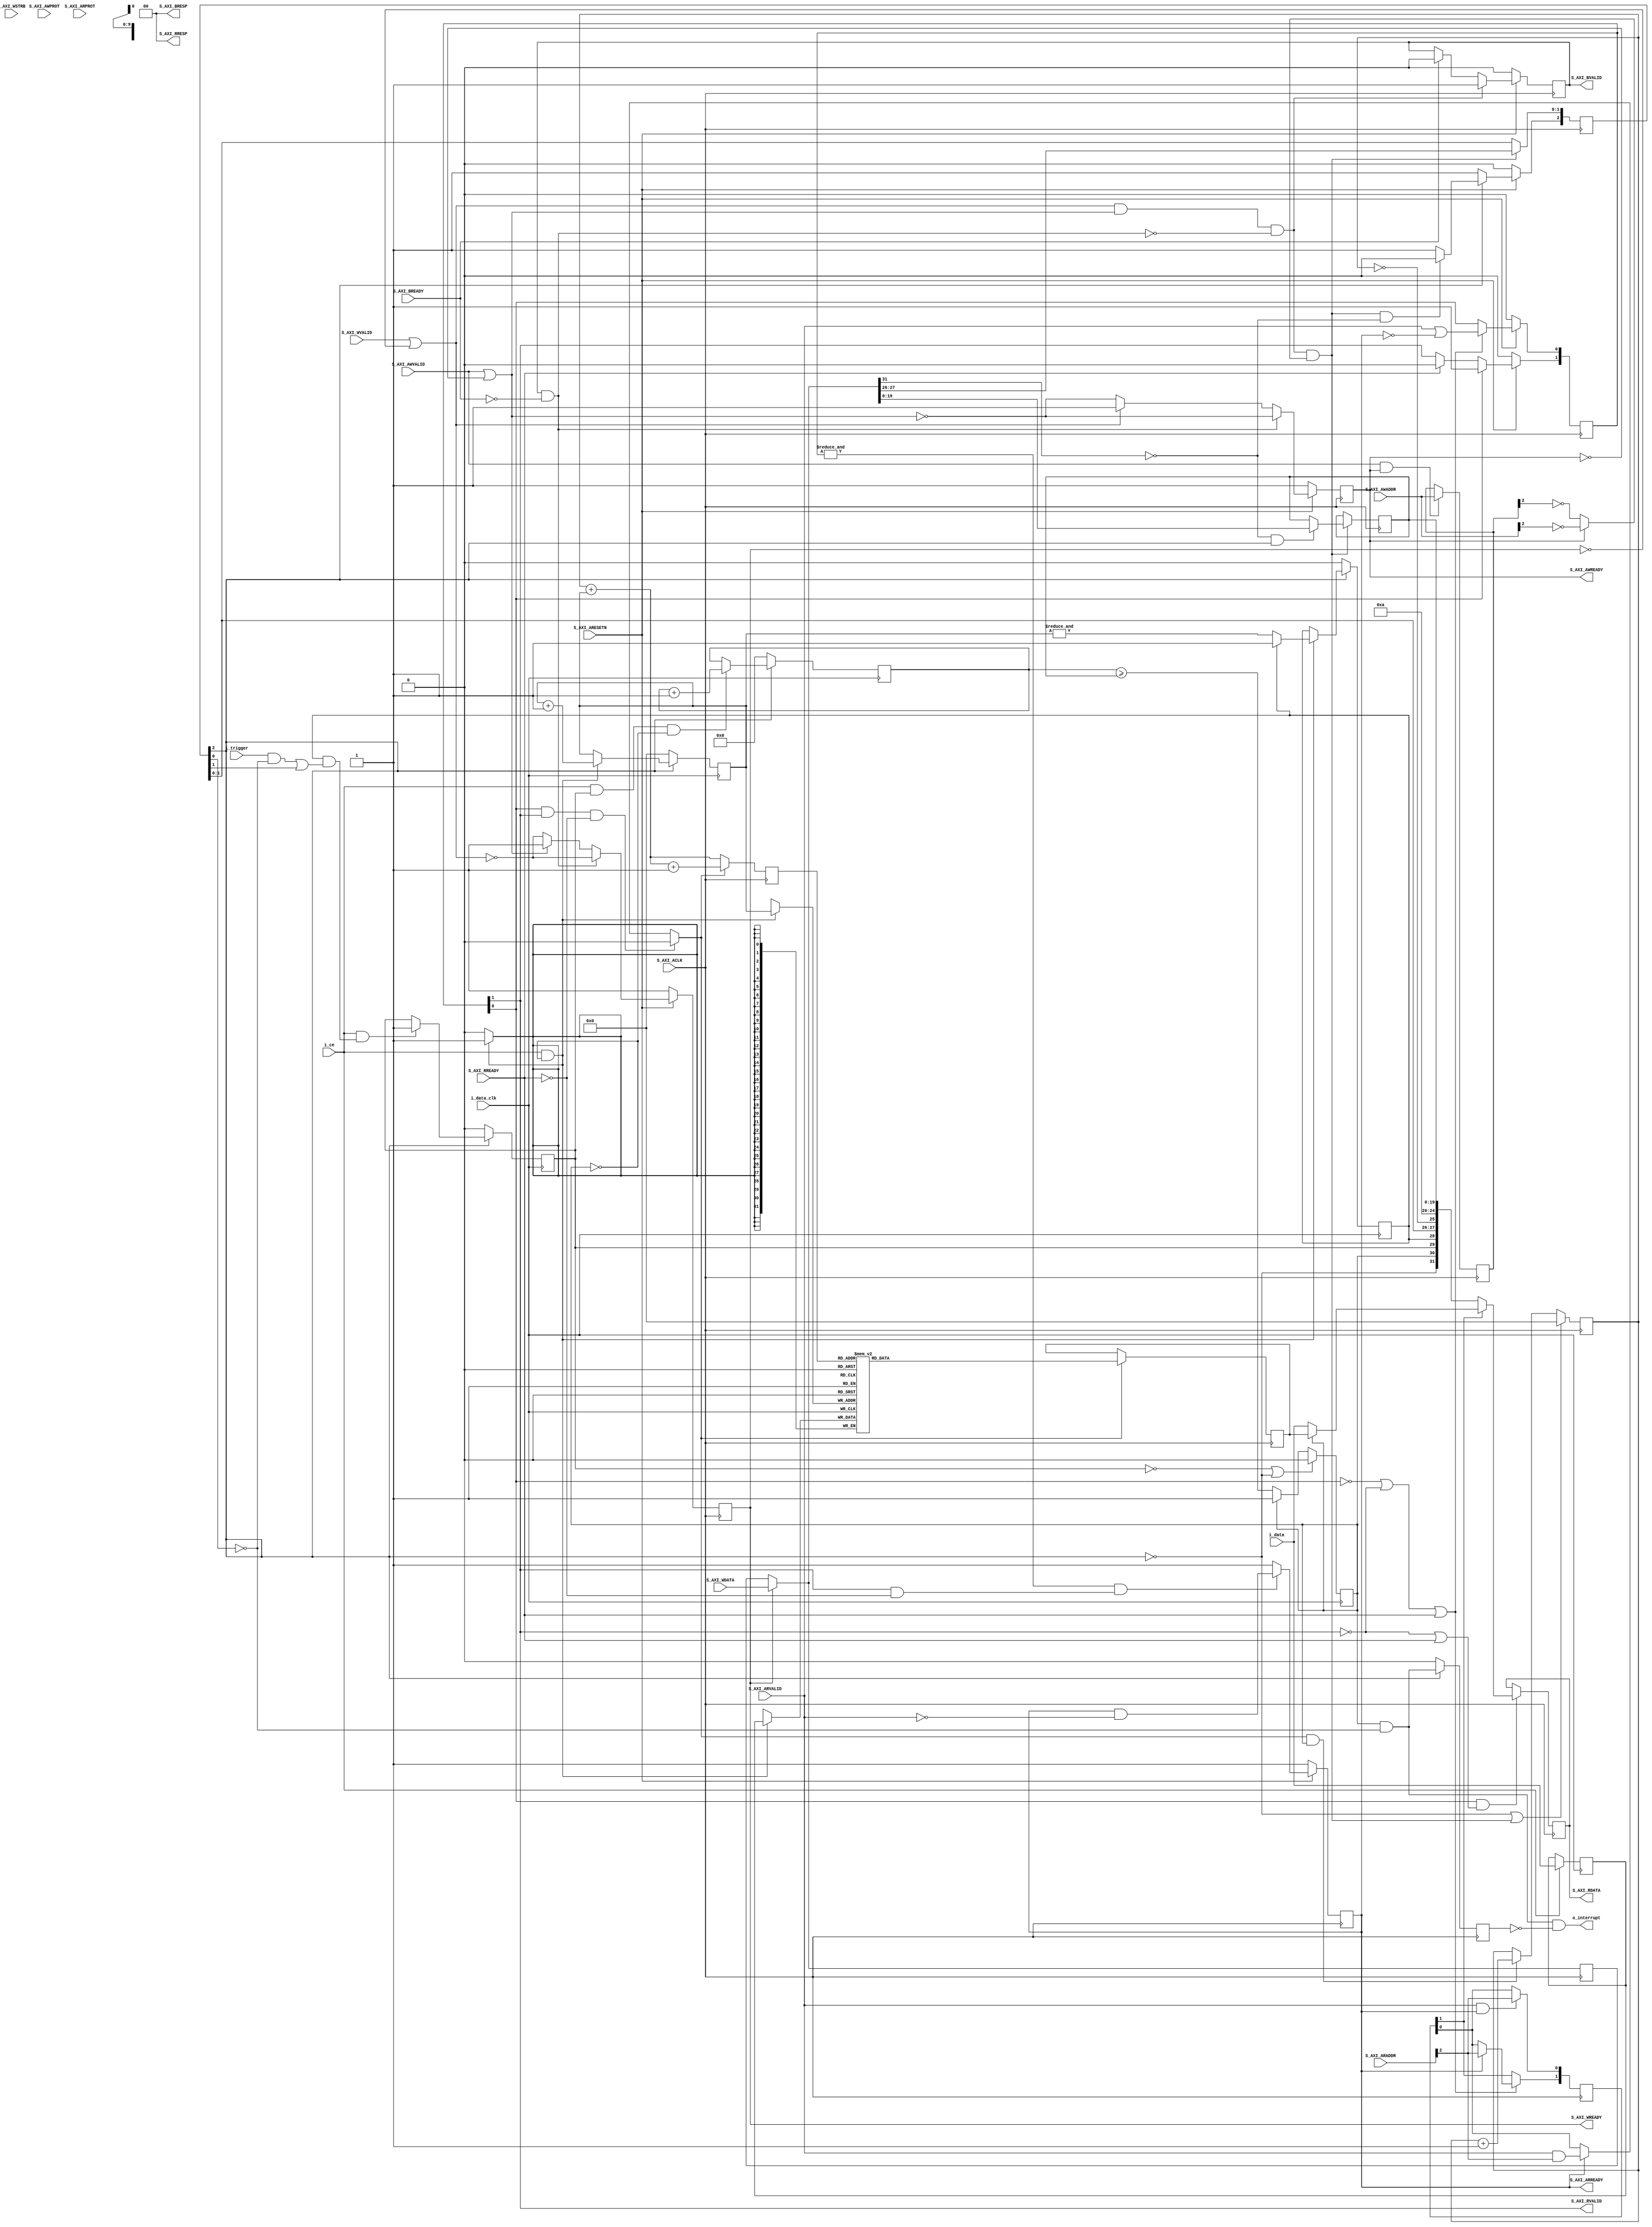
module axilscope #(   
   	   	// {{{   
   	   	parameter [4:0]   	LGMEM = 5  'd10,   
   	   	parameter   	SYNCHRONOUS=1,   
   	   	parameter   	HOLDOFFBITS = 20,   
   	   	parameter [(HOLDOFFBITS-1):0]   	DEFAULT_HOLDOFF   
   	   	   	   	   	   	= ((1<<(LGMEM-1))-4),   
   	   	localparam   	BUSW = 32,   
   	   	//   
   	   	// Width of S_AXI data bus   
   	   	localparam integer C_S_AXI_DATA_WIDTH   	= 32,   
   	   	// Width of S_AXI address bus   
   	   	parameter integer C_S_AXI_ADDR_WIDTH   	= 3,   
   	   	localparam   	ADDR_LSBS = $clog2(C_S_AXI_DATA_WIDTH)-3   
   	   	// }}}   
   	) (   
   	   	// {{{   
   	   	input wire   	i_data_clk, // The data clock, can be set to ACLK   
   	   	input wire   	i_ce,   	// =   '1  ' when recordable data is present   
   	   	input wire   	i_trigger,// =   '1  ' when interesting event hapns   
   	   	input wire   	[31:0]   	i_data,   
   	   	output   	wire   	o_interrupt,   	// =  '1  ' when scope has stopped   
   	   	//   
   	   	// Global Clock Signal   
   	   	input wire  S_AXI_ACLK,   
   	   	// Global Reset Signal. This Signal is Active LOW   
   	   	input wire  S_AXI_ARESETN,   
   	   	// Write address (issued by master, acceped by Slave)   
   	   	input wire [C_S_AXI_ADDR_WIDTH-1 : 0] S_AXI_AWADDR,   
   	   	// Write channel Protection type. This signal indicates the   
       	   	// privilege and security level of the transaction, and whether   
       	   	// the transaction is a data access or an instruction access.   
   	   	input wire [2 : 0] S_AXI_AWPROT,   
   	   	// Write address valid. This signal indicates that the master   
       	   	// signaling valid write address and control information.   
   	   	input wire  S_AXI_AWVALID,   
   	   	// Write address ready. This signal indicates that the slave   
       	   	// is ready to accept an address and associated control signals.   
   	   	output wire  S_AXI_AWREADY,   
   	   	// Write data (issued by master, acceped by Slave)    
   	   	input wire [C_S_AXI_DATA_WIDTH-1 : 0] S_AXI_WDATA,   
   	   	// Write strobes. This signal indicates which byte lanes hold   
       	   	// valid data. There is one write strobe bit for each eight   
       	   	// bits of the write data bus.       
   	   	input wire [(C_S_AXI_DATA_WIDTH/8)-1 : 0] S_AXI_WSTRB,   
   	   	// Write valid. This signal indicates that valid write   
       	   	// data and strobes are available.   
   	   	input wire  S_AXI_WVALID,   
   	   	// Write ready. This signal indicates that the slave   
       	   	// can accept the write data.   
   	   	output wire  S_AXI_WREADY,   
   	   	// Write response. This signal indicates the status   
       	   	// of the write transaction.   
   	   	output wire [1 : 0] S_AXI_BRESP,   
   	   	// Write response valid. This signal indicates that the channel   
       	   	// is signaling a valid write response.   
   	   	output wire  S_AXI_BVALID,   
   	   	// Response ready. This signal indicates that the master   
       	   	// can accept a write response.   
   	   	input wire  S_AXI_BREADY,   
   	   	// Read address (issued by master, acceped by Slave)   
   	   	input wire [C_S_AXI_ADDR_WIDTH-1 : 0] S_AXI_ARADDR,   
   	   	// Protection type. This signal indicates the privilege   
       	   	// and security level of the transaction, and whether the   
       	   	// transaction is a data access or an instruction access.   
   	   	input wire [2 : 0] S_AXI_ARPROT,   
   	   	// Read address valid. This signal indicates that the channel   
       	   	// is signaling valid read address and control information.   
   	   	input wire  S_AXI_ARVALID,   
   	   	// Read address ready. This signal indicates that the slave is   
       	   	// ready to accept an address and associated control signals.   
   	   	output wire  S_AXI_ARREADY,   
   	   	// Read data (issued by slave)   
   	   	output wire [C_S_AXI_DATA_WIDTH-1 : 0] S_AXI_RDATA,   
   	   	// Read response. This signal indicates the status of the   
       	   	// read transfer.   
   	   	output wire [1 : 0] S_AXI_RRESP,   
   	   	// Read valid. This signal indicates that the channel is   
       	   	// signaling the required read data.   
   	   	output wire  S_AXI_RVALID,   
   	   	// Read ready. This signal indicates that the master can   
       	   	// accept the read data and response information.   
   	   	input wire  S_AXI_RREADY   
   	   	// }}}   
   	);   
   
   	// Signal declarations   
   	// {{{   
   	// AXI4LITE signals   
   	reg [C_S_AXI_ADDR_WIDTH-1 : 0]    	axi_awaddr;   
   	reg   	   	   	    	axi_awready;   
   	reg   	   	   	   	axi_wready;   
   	reg [C_S_AXI_DATA_WIDTH-1:0]   	axi_wdata;   
   	// reg   	   	[1 : 0]    	axi_bresp;   
   	reg    	   	   	   	axi_bvalid;   
   	// reg [C_S_AXI_ADDR_WIDTH-1 : 0]    	axi_araddr;   
   	reg    	   	   	    	axi_arready;   
   	// reg   	   	 [1 : 0]    	axi_rresp;   
   
   	// Pseudo bus signals   
   	wire   	   	   	bus_clock;   
   	reg   	   	   	read_from_data;   
   	wire   	   	   	write_stb;   
   	wire   	   	   	write_to_control;   
   	reg   	[1:0]   	read_address;   
   	// reg   	   	   	read_address;   
   	wire   	[31:0]   	   	i_bus_data;   
   	reg   	[31:0]   	   	o_bus_data;   
   
   	//   
   	reg   	[(LGMEM-1):0]   	raddr, waddr;   
   	reg   	[(BUSW-1):0]   	mem[0:((1<<LGMEM)-1)];   
   
   	wire   	   	   	bw_reset_request, bw_manual_trigger,   
   	   	   	   	bw_disable_trigger, bw_reset_complete;   
   	reg   	[2:0]   	   	br_config;   
   	reg [(HOLDOFFBITS-1):0]   	br_holdoff;   
   	wire   	   	   	dw_reset, dw_manual_trigger, dw_disable_trigger;   
   	reg   	   	   	dr_triggered, dr_primed;   
   	wire   	   	   	dw_trigger;   
   	reg   	   	   	dr_stopped;   
   
   	(* ASYNC_REG=    "TRUE    " *) reg   	[(HOLDOFFBITS-1):0]   	counter;   
   
   	localparam   	STOPDELAY = 1;   	// Calibrated value--don  't change this   
   	wire   	[(BUSW-1):0]   	wr_piped_data;   
   	wire   	   	   	bw_stopped, bw_triggered, bw_primed;   
   	reg   	[(LGMEM-1):0]   	this_addr;   
   	reg   	[31:0]   	   	nxt_mem;   
   	wire   	[19:0]   	   	full_holdoff;   
   	wire   	[4:0]   	   	bw_lgmem;   
   	reg   	   	   	br_level_interrupt;   
`ifdef   	FORMAL   
   	(* gclk *) reg   	gbl_clk;   
   	reg   	f_past_valid_bus, f_past_valid_gbl, f_past_valid_data;   
`endif   	// FORMAL   
   	wire   	   	i_reset;   
   	reg   	   	valid_write_data, valid_write_address,   
   	   	   	write_response_stall;   
   	reg   	[1:0]   	rvalid;   
   	// }}}   
   
   	////////////////////////////////////////////////////////////////////////   
   	//   
   	// Decode and handle the bus signaling in a (somewhat) portable manner   
   	// {{{   
   	////////////////////////////////////////////////////////////////////////   
   	//   
   	//   
   	//   
   	assign   	i_reset = !S_AXI_ARESETN;   
   
   	always @(*)   
   	begin   
   	   	valid_write_address = (S_AXI_AWVALID || !S_AXI_AWREADY);   
   	   	valid_write_data    = (S_AXI_WVALID  || !S_AXI_WREADY);   
   	   	write_response_stall= (S_AXI_BVALID  && !S_AXI_BREADY);   
   	end   
   
   	initial   	axi_awready = 1  'b1;   
   	always @(posedge S_AXI_ACLK)   
   	if (!S_AXI_ARESETN)   
   	   	axi_awready <= 1  'b1;   
   	else if (write_response_stall)   
   	   	axi_awready <= !valid_write_address;   
   	else if (valid_write_data)   
   	   	axi_awready <= 1  'b1;   
   	else   
   	   	axi_awready <= !valid_write_address;   
   
   	initial   	axi_wready = 1  'b1;   
   	always @(posedge S_AXI_ACLK)   
   	if (!S_AXI_ARESETN)   
   	   	axi_wready <= 1  'b1;   
   	else if (write_response_stall)   
   	   	axi_wready <= !valid_write_data;   
   	else if (valid_write_address)   
   	   	axi_wready <= 1  'b1;   
   	else   
   	   	axi_wready <= !valid_write_data;   
   
   	always @(posedge S_AXI_ACLK)   
   	if (S_AXI_WREADY)   
   	   	axi_wdata <= S_AXI_WDATA;   
   
   	assign   	S_AXI_AWREADY = axi_awready;   
   	assign   	S_AXI_WREADY  = axi_wready;   
   
   	always @(posedge S_AXI_ACLK)   
   	if ((S_AXI_AWVALID)&&(S_AXI_AWREADY))   
   	   	axi_awaddr <= S_AXI_AWADDR;   
   
   	initial   	axi_bvalid = 0;   
   	always @(posedge S_AXI_ACLK)   
   	if (i_reset)   
   	   	axi_bvalid <= 0;   
   	else if (write_stb)   
   	   	axi_bvalid <= 1  'b1;   
   	else if (S_AXI_BREADY)   
   	   	axi_bvalid <= 1  'b0;   
   
   	assign   	S_AXI_BRESP = 2  'b00;   	// An   'OKAY  ' response   
   	assign   	S_AXI_BVALID= axi_bvalid;   
   
   	assign   	write_stb = valid_write_data && valid_write_address   
   	   	   	   	&& !write_response_stall;   
   
   	initial   	axi_arready = 1  'b1;   
   	always @(posedge S_AXI_ACLK)   
   	if (i_reset)   
   	   	axi_arready <= 1  'b1;   
   	else if ((&rvalid) && (S_AXI_RVALID && !S_AXI_RREADY))   
   	   	axi_arready <= axi_arready && !S_AXI_ARVALID;   
   	else   
   	   	axi_arready <= 1  'b1;   
   
   	// always @(posedge S_AXI_ACLK)   
   	// if (axi_arready && S_AXI_ARVALID)   
   	//   	axi_araddr <= S_AXI_ARADDR;   
   
   	assign   	S_AXI_ARREADY = axi_arready;   
   
   	initial   	rvalid = 2  'b00;   
   	always @(posedge S_AXI_ACLK)   
   	if (i_reset)   
   	   	rvalid <= 2  'b00;   
   	else begin   
   	   	if (!rvalid[0] || !rvalid[1] || S_AXI_RREADY)   
   	   	   	rvalid[0] <= S_AXI_ARVALID || !axi_arready;   
   
   	   	if (rvalid[0])   
   	   	   	rvalid[1] <= 1  'b1;   
   	   	else if (S_AXI_RREADY)   
   	   	   	rvalid[1] <= 1  'b0;   
   	end   
   
   	assign   	S_AXI_RVALID = rvalid[1];   
   	assign   	S_AXI_RRESP  = 2  'b00;   
   
   
   	///////////////////////////////////////////////////   
   	//   
   	// Final simplification of the AXI code   
   	//   
   	///////////////////////////////////////////////////   
   	//   
   	// Now that we  've provided all of the bus signaling   
   	// above, can we make any sense of it?   
   	//   
   	// The following wires are here to provide some   
   	// simplification of the complex bus protocol.  In   
   	// particular, are we reading or writing during this   
   	// clock?  The two *should* be mutually exclusive   
   	// (i.e., you *shouldn  't* be able to both read and   
   	// write on the same clock) ... but Xilinx  's default   
   	// implementation does nothing to ensure that this   
   	// would be the case.   
   	//   
   	// From here on down, Gisselquist Technology, LLC,   
   	// claims a copyright on the code.   
   	//   
   	assign   	bus_clock = S_AXI_ACLK;   
   
   	assign   	write_to_control = (write_stb)   
   	   	   	&&(axi_awready ? !S_AXI_AWADDR[ADDR_LSBS]   
   	   	   	   	   	: !axi_awaddr[ADDR_LSBS]);   
   
   	always @(posedge bus_clock)   
   	begin   
   	   	if (S_AXI_ARVALID && S_AXI_ARREADY)   
   	   	   	read_address[0] <= S_AXI_ARADDR[ADDR_LSBS];   
   	   	if (!rvalid[0] || !rvalid[1] || S_AXI_RREADY)   
   	   	begin   
   	   	   	if (S_AXI_ARREADY)   
   	   	   	   	read_address[1] <= S_AXI_ARADDR[ADDR_LSBS];   
   	   	   	else   
   	   	   	   	read_address[1] <= read_address[0];   
   	   	end   
   	end   
   
   	always @(*)   
   	begin   
   	   	if (S_AXI_ARREADY)   
   	   	   	read_from_data = S_AXI_ARVALID   
   	   	   	   	   	   	&& S_AXI_ARADDR[ADDR_LSBS];   
   	   	else   
   	   	   	read_from_data = read_address[0];   
   
   	   	if (rvalid[0] && rvalid[1] && !S_AXI_RREADY)   
   	   	   	read_from_data = 0;   
   	end   
   
   	assign   	i_bus_data = (S_AXI_WREADY ? S_AXI_WDATA : axi_wdata);   
   
   	// }}}   
   	////////////////////////////////////////////////////////////////////////   
   	//   
   	// Our status/config register   
   	// {{{   
   	////////////////////////////////////////////////////////////////////////   
   	//   
   	// Now that we  've finished reading/writing from the   
   	// bus, ... or at least acknowledging reads and   
   	// writes from and to the bus--even if they haven  't   
   	// happened yet, now we implement our actual scope.   
   	// This includes implementing the actual reads/writes   
   	// from/to the bus.   
   	//   
   	// From here on down, is the heart of the scope itself.   
   	//   
   	initial   	br_config = 3  'b0;   
   	initial   	br_holdoff = DEFAULT_HOLDOFF;   
   	always @(posedge bus_clock)   
   	begin   
   	   	if (write_to_control)   
   	   	begin   
   	   	   	br_config[1:0] <= {   
   	   	   	   	i_bus_data[27],   
   	   	   	   	i_bus_data[26] };   
   	   	   	if (!i_bus_data[31] && br_config[2])   
   	   	   	   	br_holdoff <= i_bus_data[(HOLDOFFBITS-1):0];   
   	   	end   
   
   	   	//   
   	   	// Reset logic   
   	   	if (bw_reset_complete)   
   	   	   	// Clear the reset request, regardless of the write   
   	   	   	br_config[2] <= 1  'b1;   
   	   	else if (!br_config[2])   
   	   	   	// Reset request is already pending--don  't change it   
   	   	   	br_config[2] <= 1  'b0;   
   	   	else if (write_to_control && !i_bus_data[31])   
   	   	   	// Initiate a new reset request   
   	   	   	//   Note that we won  't initiate a new reset request   
   	   	   	//   while one is already pending.  Once the pending   
   	   	   	//   one completes we  'll be in the reset state anyway   
   	   	   	br_config[2] <= 1  'b0;   
   
   	   	if (i_reset)   
   	   	   	br_config[2] <= 1  'b0;   
   	end   
   	assign   	bw_reset_request   = (!br_config[2]);   
   	assign   	bw_manual_trigger  = (br_config[1]);   
   	assign   	bw_disable_trigger = (br_config[0]);   
   
   	generate   
   	if (SYNCHRONOUS > 0)   
   	begin : GEN_SYNCHRONOUS   
   	   	assign   	dw_reset = bw_reset_request;   
   	   	assign   	dw_manual_trigger = bw_manual_trigger;   
   	   	assign   	dw_disable_trigger = bw_disable_trigger;   
   	   	assign   	bw_reset_complete = bw_reset_request;   
   	end else begin : GEN_ASYNC   
   	   	reg   	   	r_reset_complete;   
   	   	(* ASYNC_REG =     "TRUE    " *) reg   	[2:0]   	q_iflags, r_iflags;   
   
   	   	// Resets are synchronous to the bus clock, not the data clock   
   	   	// so do a clock transfer here   
   	   	initial   	{ q_iflags, r_iflags } = 6  'h0;   
   	   	initial   	r_reset_complete = 1  'b0;   
   	   	always @(posedge i_data_clk or posedge i_reset)   
   	   	if (i_reset)   
   	   	begin   
   	   	   	{ q_iflags, r_iflags } <= 6  'h0;   
   	   	   	r_reset_complete <= 1  'b0;   
   	   	end else begin   
   	   	   	q_iflags <= { bw_reset_request, bw_manual_trigger, bw_disable_trigger };   
   	   	   	r_iflags <= q_iflags;   
   	   	   	r_reset_complete <= (dw_reset);   
   	   	end   
   
   	   	assign   	dw_reset = r_iflags[2];   
   	   	assign   	dw_manual_trigger = r_iflags[1];   
   	   	assign   	dw_disable_trigger = r_iflags[0];   
   
   	   	(* ASYNC_REG =     "TRUE    " *) reg   	q_reset_complete,   
   	   	   	   	   	   	qq_reset_complete;   
   	   	// Pass an acknowledgement back from the data clock to the bus   
   	   	// clock that the reset has been accomplished   
   	   	initial   	q_reset_complete = 1  'b0;   
   	   	initial   	qq_reset_complete = 1  'b0;   
   	   	always @(posedge bus_clock or posedge i_reset)   
   	   	if (i_reset)   
   	   	begin   
   	   	   	q_reset_complete  <= 1  'b0;   
   	   	   	qq_reset_complete <= 1  'b0;   
   	   	end else begin   
   	   	   	q_reset_complete  <= r_reset_complete;   
   	   	   	qq_reset_complete <= q_reset_complete;   
   	   	end   
   
   	   	assign bw_reset_complete = qq_reset_complete;   
   
`ifdef   	FORMAL   
   	   	always @(posedge gbl_clk)   
   	   	if (f_past_valid_data)   
   	   	begin   
   	   	   	if ($rose(r_reset_complete))   
   	   	   	   	assert(bw_reset_request);   
   	   	end   
   
   	   	always @(*)   
   	   	case({ bw_reset_request, q_iflags[2], dw_reset, q_reset_complete, qq_reset_complete })   
   	   	5  'h00: begin end   
   	   	5  'h10: begin end   
   	   	5  'h18: begin end   
   	   	5  'h1c: begin end   
   	   	5  'h1e: begin end   
   	   	5  'h1f: begin end   
   	   	5  'h0f: begin end   
   	   	5  'h07: begin end   
   	   	5  'h03: begin end   
   	   	5  'h01: begin end   
   	   	default: assert(0);   
   	   	endcase   
`endif   
   	end endgenerate   
   	// }}}   
   	////////////////////////////////////////////////////////////////////////   
   	//   
   	// Set up the trigger   
   	// {{{   
   	////////////////////////////////////////////////////////////////////////   
   	//   
   	//   
   
   	// dw_trigger -- trigger wire, defined on the data clock   
   	// {{{   
   	// Write with the i_clk, or input clock.  All outputs read with the   
   	// bus clock, or bus_clock  as we  've called it here.   
   	assign   	dw_trigger = (dr_primed)&&(   
   	   	   	   	((i_trigger)&&(!dw_disable_trigger))   
   	   	   	   	||(dw_manual_trigger));   
   	// }}}   
   
   	// dr_triggered   
   	// {{{   
   	initial   	dr_triggered = 1  'b0;   
   	always @(posedge i_data_clk)   
   	if (dw_reset)   
   	   	dr_triggered <= 1  'b0;   
   	else if ((i_ce)&&(dw_trigger))   
   	   	dr_triggered <= 1  'b1;   
   	// }}}   
   
   	//   
   	// Determine when memory is full and capture is complete   
   	//   
   	// Writes take place on the data clock   
   
   	// counter   
   	// {{{   
   	// The counter is unsigned   
   	initial   	counter = 0;   
   	always @(posedge i_data_clk)   
   	if (dw_reset)   
   	   	counter <= 0;   
   	else if ((i_ce)&&(dr_triggered)&&(!dr_stopped))   
   	   	counter <= counter + 1  'b1;   
`ifdef   	FORMAL   
   	always @(*)   
   	if (!dw_reset && !bw_reset_request)   
   	   	assert(counter <= br_holdoff+1  'b1);   
   	always @(posedge i_data_clk)   
   	   	assume(!(&br_holdoff));   
   	always @(posedge i_data_clk)   
   	if (!dr_triggered)   
   	   	assert(counter == 0);   
`endif   
   	// }}}   
   
   	// dr_stopped   
   	// {{{   
   	initial   	dr_stopped = 1  'b0;   
   	always @(posedge i_data_clk)   
   	if ((!dr_triggered)||(dw_reset))   
   	   	dr_stopped <= 1  'b0;   
   	else if (!dr_stopped)   
   	begin   
   	   	if (HOLDOFFBITS > 1) // if (i_ce)   
   	   	   	dr_stopped <= (counter >= br_holdoff);   
   	   	else if (HOLDOFFBITS <= 1)   
   	   	   	dr_stopped <= ((i_ce)&&(dw_trigger));   
   	end   
   	// }}}   
   
   	// }}}   
   	////////////////////////////////////////////////////////////////////////   
   	//   
   	// Write to memory   
   	// {{{   
   	////////////////////////////////////////////////////////////////////////   
   	//   
   	//   
   
   
   	//   
   	//   	Actually do our writes to memory.  Record, via   'primed  ' when   
   	//   	the memory is full.   
   	//   
   	//   	The   'waddr  ' address that we are using really crosses two clock   
   	//   	domains.  While writing and changing, it  's in the data clock   
   	//   	domain.  Once stopped, it becomes part of the bus clock domain.   
   	//   	The clock transfer on the stopped line handles the clock   
   	//   	transfer for these signals.   
   	//   
   
   	// waddr, dr_primed   
   	// {{{   
   	initial   	waddr = {(LGMEM){1  'b0}};   
   	initial   	dr_primed = 1  'b0;   
   	always @(posedge i_data_clk)   
   	if (dw_reset) // For simulation purposes, supply a valid value   
   	begin   
   	   	waddr <= 0; // upon reset.   
   	   	dr_primed <= 1  'b0;   
   	end else if (i_ce && !dr_stopped)   
   	begin   
   	   	// mem[waddr] <= i_data;   
   	   	waddr <= waddr + {{(LGMEM-1){1  'b0}},1  'b1};   
   	   	if (!dr_primed)   
   	   	   	dr_primed <= (&waddr);   
   	end   
   	// }}}   
   
   	// wr_piped_data -- delay data to match the trigger   
   	// {{{   
   	// Delay the incoming data so that we can get our trigger   
   	// logic to line up with the data.  The goal is to have a   
   	// hold off of zero place the trigger in the last memory   
   	// address.   
   	generate   
   	if (STOPDELAY == 0)   
   	begin : NO_STOPDLY   
   	   	// No delay ... just assign the wires to our input lines   
   	   	assign   	wr_piped_data = i_data;   
   	end else if (STOPDELAY == 1)   
   	begin : GEN_ONE_STOPDLY   
   	   	//   
   	   	// Delay by one means just register this once   
   	   	reg   	[(BUSW-1):0]   	data_pipe;   
   	   	always @(posedge i_data_clk)   
   	   	if (i_ce)   
   	   	   	data_pipe <= i_data;   
   
   	   	assign   	wr_piped_data = data_pipe;   
   	end else begin : GEN_STOPDELAY   
   	   	// Arbitrary delay ... use a longer pipe   
   	   	reg   	[(STOPDELAY*BUSW-1):0]   	data_pipe;   
   
   	   	always @(posedge i_data_clk)   
   	   	if (i_ce)   
   	   	   	data_pipe <= { data_pipe[((STOPDELAY-1)*BUSW-1):0], i_data };   
   	   	assign   	wr_piped_data = { data_pipe[(STOPDELAY*BUSW-1):((STOPDELAY-1)*BUSW)] };   
   	end endgenerate   
   	// }}}   
   
   	// mem[] <= wr_piped_data   
   	// {{{   
   	always @(posedge i_data_clk)   
   	if ((i_ce)&&(!dr_stopped))   
   	   	mem[waddr] <= wr_piped_data;   
   	// }}}   
   	// }}}   
   	////////////////////////////////////////////////////////////////////////   
   	//   
   	// Move the status signals back to the bus clock   
   	// {{{   
   	////////////////////////////////////////////////////////////////////////   
   	//   
   	generate if (SYNCHRONOUS > 0)   
   	begin : SYNCHRONOUS_RETURN   
   	   	assign   	bw_stopped   = dr_stopped;   
   	   	assign   	bw_triggered = dr_triggered;   
   	   	assign   	bw_primed    = dr_primed;   
   	end else begin : ASYNC_STATUS   
   	   	// {{{   
   	   	// These aren  't a problem, since none of these are strobe   
   	   	// signals.  They goes from low to high, and then stays high   
   	   	// for many clocks.  Swapping is thus easy--two flip flops to   
   	   	// protect against meta-stability and we  're done.   
   	   	//   
   	   	(* ASYNC_REG =     "TRUE    " *) reg   	[2:0]   	q_oflags;   
   	   	reg   	[2:0]   	r_oflags;   
   	   	initial   	q_oflags = 3  'h0;   
   	   	initial   	r_oflags = 3  'h0;   
   	   	always @(posedge bus_clock)   
   	   	if (bw_reset_request)   
   	   	begin   
   	   	   	q_oflags <= 3  'h0;   
   	   	   	r_oflags <= 3  'h0;   
   	   	end else begin   
   	   	   	q_oflags <= { dr_stopped, dr_triggered, dr_primed };   
   	   	   	r_oflags <= q_oflags;   
   	   	end   
   
   	   	assign   	bw_stopped   = r_oflags[2];   
   	   	assign   	bw_triggered = r_oflags[1];   
   	   	assign   	bw_primed    = r_oflags[0];   
   	   	// }}}   
`ifdef   	FORMAL   
   	   	always @(*)   
   	   	if (!bw_reset_request)   
   	   	begin   
   	   	   	if (bw_primed)   
   	   	   	   	assert(q_oflags[0] && dr_primed);   
   	   	   	else if (q_oflags[0])   
   	   	   	   	assert(dr_primed);   
   
   	   	   	if (bw_triggered)   
   	   	   	   	assert(q_oflags[1] && dr_triggered);   
   	   	   	else if (q_oflags[1])   
   	   	   	   	assert(dr_triggered);   
   
   	   	   	if (bw_stopped)   
   	   	   	   	assert(q_oflags[2] && dr_stopped);   
   	   	   	else if (q_oflags[2])   
   	   	   	   	assert(dr_stopped);   
   	   	end   
   	   	   
`endif   
   	end endgenerate   
   	// }}}   
   	////////////////////////////////////////////////////////////////////////   
   	//   
   	// Read from the memory, using the bus clock.  Otherwise respond to bus   
   	// {{{   
   	////////////////////////////////////////////////////////////////////////   
   	//   
   	//   
   
   	// Reads use the bus clock   
   	initial   	raddr = 0;   
   	always @(posedge bus_clock)   
   	begin   
   	   	if ((bw_reset_request)||(write_to_control))   
   	   	   	raddr <= 0;   
   	   	else if ((read_from_data)&&(bw_stopped))   
   	   	   	raddr <= raddr + 1  'b1; // Data read, when stopped   
   	end   
   
   	always @(posedge bus_clock)   
   	if (read_from_data)   
   	   	this_addr <= raddr + waddr + 1  'b1;   
   	else   
   	   	this_addr <= raddr + waddr;   
   
   	always @(posedge bus_clock)   
   	if (read_from_data)   
   	   	nxt_mem <= mem[this_addr];   
   
   	// holdoff sub-register   
   	// {{{   
   	assign full_holdoff[(HOLDOFFBITS-1):0] = br_holdoff;   
   	generate if (HOLDOFFBITS < 20)   
   	begin : GEN_FULL_HOLDOFF   
   	   	assign full_holdoff[19:(HOLDOFFBITS)] = 0;   
   	end endgenerate   
   	// }}}   
   
   	assign   	   	bw_lgmem = LGMEM;   
   
   	// Bus read   
   	// {{{   
   	always @(posedge bus_clock)   
   	if (rvalid[0] && (!S_AXI_RVALID || S_AXI_RREADY))   
   	begin   
   	   	if (!read_address[1]) // Control register read   
   	   	   	o_bus_data <= { bw_reset_request,   
   	   	   	   	   	bw_stopped,   
   	   	   	   	   	bw_triggered,   
   	   	   	   	   	bw_primed,   
   	   	   	   	   	bw_manual_trigger,   
   	   	   	   	   	bw_disable_trigger,   
   	   	   	   	   	(raddr == {(LGMEM){1  'b0}}),   
   	   	   	   	   	bw_lgmem,   
   	   	   	   	   	full_holdoff  };   
   	   	else if (!bw_stopped) // read, prior to stopping   
   	   	   	//   
   	   	   	// *WARNING*: THIS READ IS NOT PROTECTED FROM   
   	   	   	// ASYNCHRONOUS COHERENCE ISSUES!   
   	   	   	//   
   	   	   	o_bus_data <= i_data;   
   	   	else // if (i_wb_addr) // Read from FIFO memory   
   	   	   	o_bus_data <= nxt_mem; // mem[raddr+waddr];   
   	end   
   	// }}}   
   
   	assign   	S_AXI_RDATA = o_bus_data;   
   	// }}}   
   	////////////////////////////////////////////////////////////////////////   
   	//   
   	// Interrupt generation   
   	// {{{   
   	////////////////////////////////////////////////////////////////////////   
   	//   
   	//   
   	initial   	br_level_interrupt = 1  'b0;   
   	always @(posedge bus_clock)   
   	if ((bw_reset_complete)||(bw_reset_request))   
   	   	br_level_interrupt<= 1  'b0;   
   	else   
   	   	br_level_interrupt<= (bw_stopped)&&(!bw_disable_trigger);   
   
   	assign   	o_interrupt = (bw_stopped)&&(!bw_disable_trigger)   
   	   	   	   	   	&&(!br_level_interrupt);   
   	// }}}   
   
   	// Make verilator happy   
   	// {{{   
   	// verilator lint_off UNUSED   
   	// Make verilator happy   
   	wire   	   	unused;   
   	assign unused = &{ 1  'b0, S_AXI_WSTRB, S_AXI_ARPROT, S_AXI_AWPROT,   
   	   	axi_awaddr[ADDR_LSBS-1:0],   
   	   	i_bus_data[30:28], i_bus_data[25:0] };   
   	// verilator lint_on UNUSED   
   	// }}}   
`ifdef   	FORMAL   
   	generate if (SYNCHRONOUS)   
   	begin : ASSUME_CLK   
   
   	   	always @(*)   
   	   	   	assume(i_data_clk == S_AXI_ACLK);   
   
   	end else begin : ASSUME_ASYN   
   	   	localparam   	CKSTEP_BITS = 3;   
   	   	localparam [CKSTEP_BITS-1:0]   
   	   	   	   	MAX_STEP = { 1  'b0, {(CKSTEP_BITS-1){1  'b1}} };   
   
   	   	//     "artificially    " generate two clocks   
   	   	(* anyconst *) wire [CKSTEP_BITS-1:0] f_data_step, f_bus_step;   
   	   	reg   	[CKSTEP_BITS-1:0]   	f_data_count, f_bus_count;   
   
   	   	always @(*)   
   	   	begin   
   	   	   	assume(f_data_step > 0);   
   	   	   	assume(f_bus_step  > 0);   
   	   	   	assume(f_data_step <= MAX_STEP);   
   	   	   	assume(f_bus_step  <= MAX_STEP);   
   
   	   	   	assume((f_data_step == MAX_STEP)   
   	   	   	   	||(f_bus_step == MAX_STEP));   
   	   	end   
   
   	   	always @(posedge gbl_clk)   
   	   	begin   
   	   	   	f_data_count <= f_data_count + f_data_step;   
   	   	   	f_bus_count  <= f_bus_count  + f_bus_step;   
   
   	   	   	assume(i_data_clk  == f_data_count[CKSTEP_BITS-1]);   
   	   	   	assume(bus_clock   == f_bus_count[CKSTEP_BITS-1]);   
   	   	end   
   
   	   	always @(posedge gbl_clk)   
   	   	if (!$rose(i_data_clk))   
   	   	begin   
   	   	   	assume($stable(i_trigger));   
   	   	   	assume($stable(i_data));   
   	   	end   
   
   	   	always @(posedge gbl_clk)   
   	   	if (!$rose(S_AXI_ACLK))   
   	   	begin   
   	   	   	assume($stable(S_AXI_ARESETN));   
   	   	   	//   
   	   	   	assume($stable(S_AXI_AWADDR));   
   	   	   	assume($stable(S_AXI_AWPROT));   
   	   	   	assume($stable(S_AXI_AWVALID));   
   	   	   	//   
   	   	   	assume($stable(S_AXI_WDATA));   
   	   	   	assume($stable(S_AXI_WSTRB));   
   	   	   	assume($stable(S_AXI_WVALID));   
   	   	   	//   
   	   	   	assume($stable(S_AXI_BREADY));   
   	   	   	//   
   	   	   	assume($stable(S_AXI_ARADDR));   
   	   	   	assume($stable(S_AXI_ARPROT));   
   	   	   	assume($stable(S_AXI_ARVALID));   
   	   	   	//   
   	   	   	assume($stable(S_AXI_RREADY));   
   	   	   	//   
   	   	end   
   
   	   	always @(posedge gbl_clk)   
   	   	if (!$rose(i_data_clk))   
   	   	begin   
   	   	   	assume($stable(i_ce));   
   	   	   	assume($stable(i_trigger));   
   	   	   	assume($stable(i_data));   
   	   	end   
   
   	   	always @(*)   
   	   	if (!dw_reset && !bw_reset_request)   
   	   	begin   
   	   	   	if (bw_triggered)   
   	   	   	   	assert(dr_triggered);   
   	   	   	if (bw_primed)   
   	   	   	   	assert(dr_primed);   
   	   	   	if (bw_stopped)   
   	   	   	   	assert(dr_stopped);   
   	   	end   
   	end endgenerate   
   
   	initial   	f_past_valid_bus = 1  'b0;   
   	always @(posedge S_AXI_ACLK)   
   	   	f_past_valid_bus <= 1  'b1;   
   
   	generate if (!SYNCHRONOUS)   
   	begin   
   	   	initial { f_past_valid_gbl, f_past_valid_data }= 2  'b0;   
   	   	always @(posedge gbl_clk)   
   	   	   	f_past_valid_gbl <= 1  'b1;   
   
   	   	always @(posedge i_data_clk)   
   	   	   	f_past_valid_data = 1  'b1;   
   
   	   	always @(posedge gbl_clk)   
   	   	if (f_past_valid_gbl && !$rose(bus_clock))   
   	   	   	assert($stable(o_interrupt));   
   
   	   	always @(posedge gbl_clk)   
   	   	if ((f_past_valid_gbl)&&(!$rose(S_AXI_ACLK)))   
   	   	begin   
   	   	   	assert($stable(S_AXI_AWREADY));   
   	   	   	assert($stable(S_AXI_ARREADY));   
   	   	   	assert($stable(S_AXI_RDATA));   
   	   	   	assert($stable(S_AXI_RRESP));   
   	   	   	assert($stable(S_AXI_RVALID));   
   	   	   	assert($stable(S_AXI_WREADY));   
   	   	   	assert($stable(S_AXI_BRESP));   
   	   	   	assert($stable(S_AXI_BVALID));   
   	   	end   
   
   	end else begin   
   
   	   	always @(*)   
   	   	   	f_past_valid_data = f_past_valid_bus;   
   	   	always @(*)   
   	   	   	f_past_valid_gbl  = f_past_valid_bus;   
   
   	end endgenerate   
   
   	localparam   	F_LGDEPTH = 5;   
   	wire   	[F_LGDEPTH-1:0]   	f_axi_rd_outstanding,   
   	   	   	   	f_axi_wr_outstanding,   
   	   	   	   	f_axi_awr_outstanding;   
   
   	faxil_slave #(   
   	   	// .C_S_AXI_DATA_WIDTH(C_S_AXI_DATA_WIDTH),   
   	   	// Width of S_AXI address bus   
   	   	.C_AXI_ADDR_WIDTH(C_S_AXI_ADDR_WIDTH),   
   	   	.F_LGDEPTH(F_LGDEPTH),   
   	   	.F_OPT_HAS_CACHE(1  'b0),   
   	   	// .F_OPT_CLK2FFLOGIC(!SYNCHRONOUS),   
   	   	.F_AXI_MAXWAIT(5  'h6),   
   	   	.F_AXI_MAXDELAY(5  'h6)   
   	   	) faxil_slave(   
   	   	   	.i_clk(S_AXI_ACLK),   
   	   	   	.i_axi_reset_n(S_AXI_ARESETN),   
   	   	   	//   
   	   	   	.i_axi_awvalid(S_AXI_AWVALID),   
   	   	   	.i_axi_awready(S_AXI_AWREADY),   
   	   	   	.i_axi_awaddr(S_AXI_AWADDR),   
   	   	   	.i_axi_awprot(S_AXI_AWPROT),   
   	   	   	//   
   	   	   	.i_axi_wdata(S_AXI_WDATA),   
   	   	   	.i_axi_wstrb(S_AXI_WSTRB),   
   	   	   	.i_axi_wvalid(S_AXI_WVALID),   
   	   	   	.i_axi_wready(S_AXI_WREADY),   
   	   	   	//   
   	   	   	.i_axi_bvalid(S_AXI_BVALID),   
   	   	   	.i_axi_bready(S_AXI_BREADY),   
   	   	   	.i_axi_bresp(S_AXI_BRESP),   
   	   	   	//   
   	   	   	.i_axi_arvalid(S_AXI_ARVALID),   
   	   	   	.i_axi_arready(S_AXI_ARREADY),   
   	   	   	.i_axi_araddr(S_AXI_ARADDR),   
   	   	   	.i_axi_arprot(S_AXI_ARPROT),   
   	   	   	//   
   	   	   	.i_axi_rvalid(S_AXI_RVALID),   
   	   	   	.i_axi_rready(S_AXI_RREADY),   
   	   	   	.i_axi_rdata(S_AXI_RDATA),   
   	   	   	.i_axi_rresp(S_AXI_RRESP),   
   	   	   	//   
   	   	   	.f_axi_rd_outstanding(f_axi_rd_outstanding),   
   	   	   	.f_axi_wr_outstanding(f_axi_wr_outstanding),   
   	   	   	.f_axi_awr_outstanding(f_axi_awr_outstanding));   
   
   	always @(*)   
   	if (S_AXI_ARESETN)   
   	begin   
   	   	assert(f_axi_awr_outstanding == (S_AXI_AWREADY ? 0:1)   
   	   	   	   	+ (S_AXI_BVALID ? 1:0));   
   	   	assert(f_axi_wr_outstanding == (S_AXI_WREADY ? 0:1)   
   	   	   	   	+ (S_AXI_BVALID ? 1:0));   
   
   	   	assert(f_axi_rd_outstanding == (axi_arready ? 0:1)   
   	   	   	   	+ (rvalid[0] ? 1:0) + (rvalid[1] ? 1:0));   
   	end   
   
   	always @(*)   
   	if (dr_triggered)   
   	   	assert(dr_primed);   
   
   	always @(*)   
   	if (dr_stopped)   
   	   	assert((dr_primed)&&(dr_triggered));   
   
   	////////////////////////////////////////////////////////////////////////   
   	//   
   	// Contract   
   	//   
   	////////////////////////////////////////////////////////////////////////   
   	//   
   	//   
   	(* anyconst *)   	reg   	[(LGMEM-1):0]   	f_addr;   
   	reg   	[BUSW-1:0]   	f_data;   
   	reg   	   	   	f_filled,     f_nxtstopped, f_busstopped;   
   	reg   	[(LGMEM-1):0]   	f_busmemaddr, f_nxtaddr;   
   	reg   	[2:0]   	   	f_axi_addr;   
   
   	initial   	f_filled = 1  'b0;   
   	always @(posedge i_data_clk)   
   	if (dw_reset)   
   	   	f_filled <= 1  'b0;   
   	else if ((i_ce)&&(!dr_stopped)&&(waddr == f_addr))   
   	   	f_filled <= 1  'b1;   
   
   	always @(posedge i_data_clk)   
   	if (waddr > f_addr)   
   	   	assert(f_filled);   
   
   	always @(posedge i_data_clk)   
   	if (!f_filled)   
   	   	assert(!dr_primed);   
   
   	always @(posedge i_data_clk)   
   	if ((i_ce)&&(!dr_stopped)&&(waddr == f_addr))   
   	   	f_data <= wr_piped_data;   
   
   	always @(posedge i_data_clk)   
   	if (f_filled)   
   	   	assert(mem[f_addr] == f_data);   
   
   	always @(posedge bus_clock)   
   	if (f_past_valid_bus && $past(!bw_stopped))   
   	   	assert(raddr == 0);   
   
   	always @(posedge bus_clock)   
   	begin   
   	   	if (!rvalid[0] || !rvalid[1] || S_AXI_RREADY)   
   	   	   	f_axi_addr[0] <= (S_AXI_ARREADY   
   	   	   	   	   	? S_AXI_ARADDR[ADDR_LSBS]   
   	   	   	   	   	: read_address[0]);   
   
   	   	if (!rvalid[1] || S_AXI_RREADY)   
   	   	   	f_axi_addr[1] <= f_axi_addr[0];   
   
   	   	if (f_past_valid_bus && !$past(read_from_data))   
   	   	   	assert(!$rose(rvalid[0] && f_axi_addr[0]));   
   	   	if (f_past_valid_bus && $past(!i_reset && read_from_data))   
   	   	   	assert(f_axi_addr[0] && rvalid[0]);   
   	end   
   
   	always @(*)   
   	if (rvalid[0])   
   	   	assert(f_axi_addr[0] == read_address[1]);   
   
   	always @(*)   
   	if (S_AXI_ARREADY && !S_AXI_ARVALID)   
   	   	assert(!read_from_data);   
   	else if (rvalid[0] && rvalid[1] && !S_AXI_RREADY)   
   	   	assert(!read_from_data);   
   	else if (!S_AXI_ARREADY)   
   	   	assert(read_from_data == read_address[0]);   
   	else if (S_AXI_ARVALID)   
   	   	assert(read_from_data == S_AXI_ARADDR[ADDR_LSBS]);   
   	else   
   	   	assert(!read_from_data);   
   
   	initial   	f_nxtaddr = 0;   
   	initial   	f_nxtstopped = 0;   
   	always @(posedge bus_clock)   
   	if (i_reset || bw_reset_request)   
   	   	f_nxtstopped <= 1  'b0;   
   	else if (read_from_data)   
   	   	f_nxtstopped <= bw_stopped;   
   
   	initial   	f_busstopped = 0;   
   	always @(posedge bus_clock)   
   	if (i_reset || bw_reset_request)   
   	   	f_busstopped <= 1  'b0;   
   	else if (rvalid[0] && (!S_AXI_RVALID || S_AXI_RREADY))   
   	   	f_busstopped <= f_nxtstopped;   
   
   	always @(*)   
   	if (f_nxtstopped)   
   	   	assert(bw_stopped);   
   
   	always @(*)   
   	if (f_busstopped)   
   	   	assert(bw_stopped && f_nxtstopped);   
   
   	always @(posedge bus_clock)   
   	if (read_from_data)   
   	   	f_nxtaddr = this_addr;   
   
   	always @(posedge bus_clock)   
   	if (f_past_valid_bus && $past(f_past_valid_bus)   
   	   	&& $past(bw_stopped) && dr_stopped   
   	   	&& $past(bw_stopped && !write_to_control,2))   
   	begin   
   	   	if ($past(read_from_data))   
   	   	   	assert(this_addr == $past(this_addr + 1  'b1));   
   	   	else   
   	   	   	assert($stable(this_addr));   
   	end   
   
   	always @(*)   
   	if (!bw_reset_request && !dw_reset && rvalid[0]   
   	   	&& f_nxtstopped && f_nxtaddr == f_addr && f_axi_addr[0])   
   	   	assert(nxt_mem == mem[f_nxtaddr]);   
   
   	always @(posedge bus_clock)   
   	if (rvalid[0] && (!S_AXI_RVALID || S_AXI_RREADY))   
   	   	f_busmemaddr <= f_nxtaddr;   
   
   	always @(posedge bus_clock)   
   	if (f_past_valid_bus && $past(!i_reset && rvalid[0]   
   	   	   	&& !bw_reset_request   
   	   	   	&& (!S_AXI_RVALID || S_AXI_RREADY)   
   	   	   	&& f_axi_addr[0] && f_busstopped))   
   	begin   
   	   	if (f_filled && f_busmemaddr == f_addr)   
   	   	   	assert(S_AXI_RDATA == f_data);   
   	end   
   
   	always @(*)   
   	if (S_AXI_RVALID && !f_axi_addr[1])   
   	   	assert(S_AXI_RDATA[24:20] == bw_lgmem);   
   
   	always @(*)   
   	if (dr_triggered)   
   	   	assert(dr_primed);   
   
   	always @(*)   
   	if (dr_stopped)   
   	   	assert(dr_triggered);   
   
`endif   
endmodule